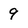
Character: 9